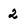
Character: 2